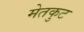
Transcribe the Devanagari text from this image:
मेतकुट